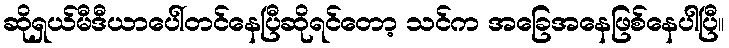
ဆိုရှယ်မီဒီယာပေါ်တင်နေပြီဆိုရင်တော့ သင်က အခြေအနေဖြစ်နေပါပြီ။